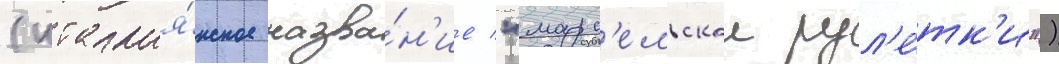
(италья́нское назва́н'ие "марс'ельскои рул'е́тк'и")